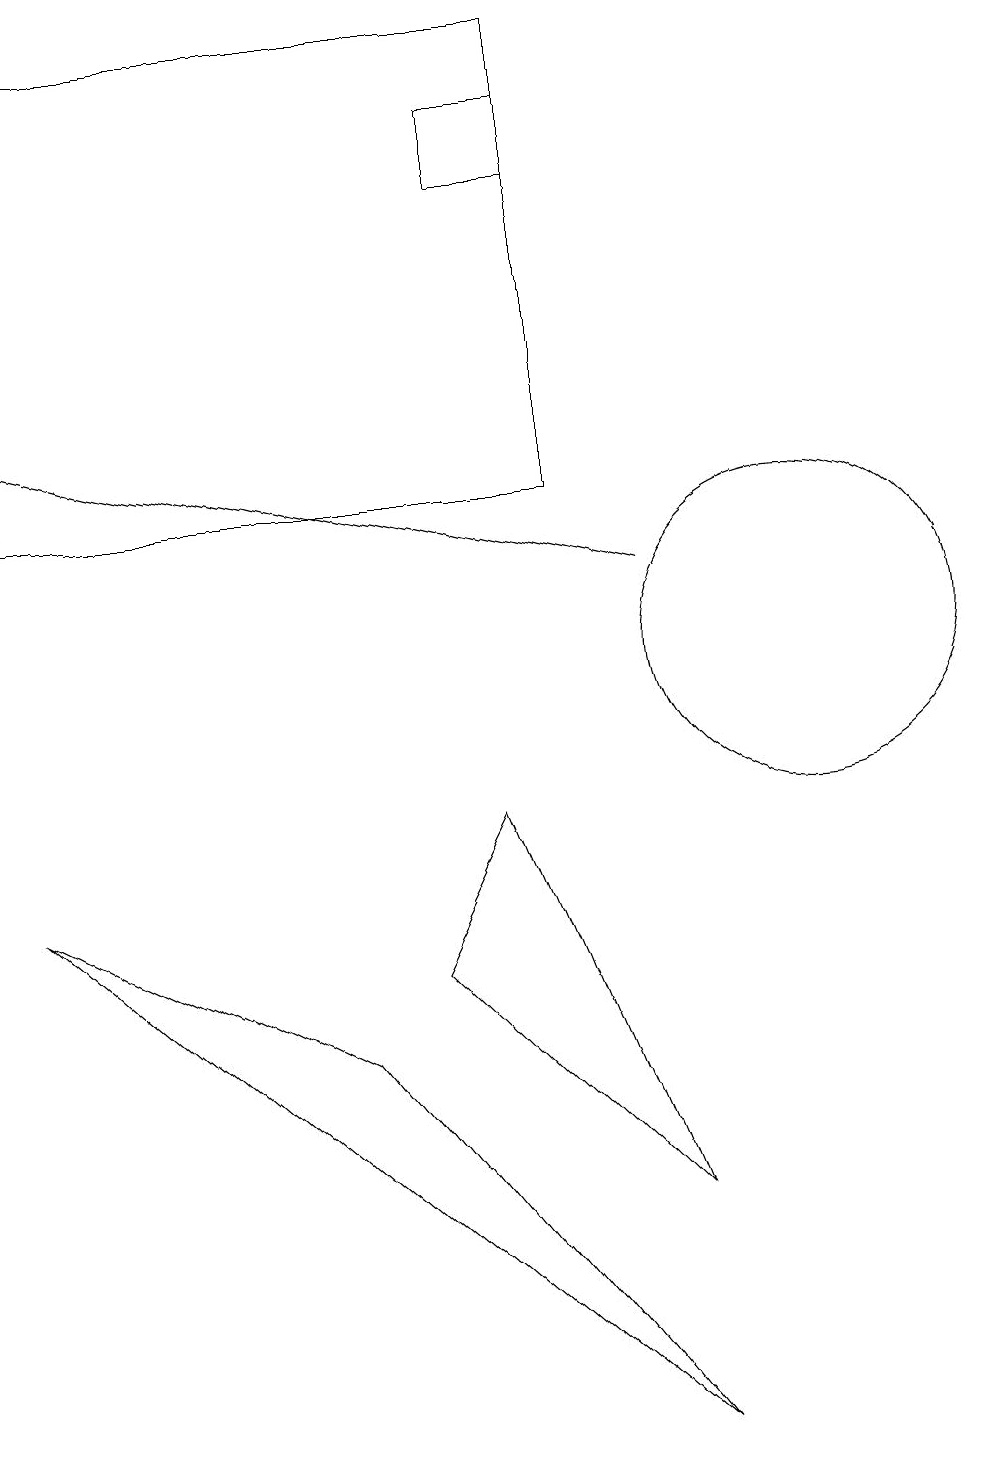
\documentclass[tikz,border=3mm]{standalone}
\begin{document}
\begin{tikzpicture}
\draw[->] (8,11) -- (0,13);
\draw (5,6) -- (6,8) -- (8,3) -- cycle;
\draw (6,16) rectangle (7,17);
\draw (10,10) circle (2);
\draw (8,0) -- (4,5) -- (0,7) -- cycle;
\draw (0,18) rectangle (7,12);
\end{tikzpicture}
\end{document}